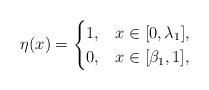
LaTeX: \begin{align*}\eta(x)=\begin{cases} 1,& x\in [0,\lambda_1],\\0, & x\in [\beta_1,1],\end{cases}\end{align*}